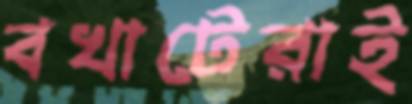
বখাটেরাই